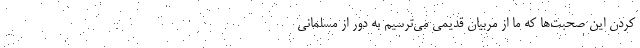
کردن این صحبت‌ها که ما از مربیان قدیمی می‌ترسیم به دور از مسلمانی